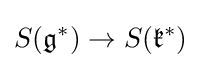
S({\mathfrak {g}}^{*})\to S({\mathfrak {k}}^{*})